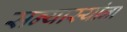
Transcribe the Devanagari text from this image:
सन्यास्यांना